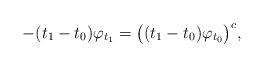
LaTeX: \begin{align*}-(t_1-t_0)\varphi_{t_1}=\big((t_1-t_0)\varphi_{t_0}\big)^c,\end{align*}